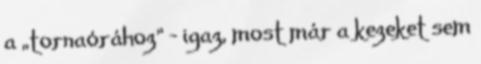
a „tornaórához” – igaz, most már a kezeket sem